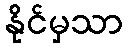
နိုင်မှသာ